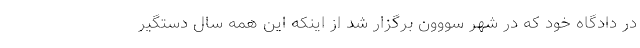
در دادگاه خود که در شهر سووون برگزار شد از اینکه این همه سال دستگیر